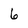
Character: 6